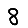
Digit: 8